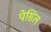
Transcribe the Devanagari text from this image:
पेसिल